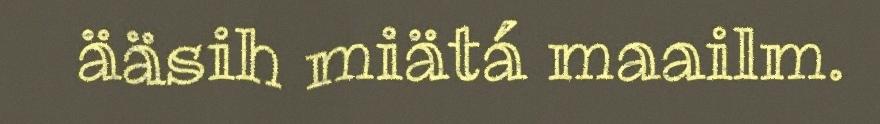
ääsih miätá maailm.